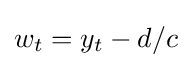
w_{t}=y_{t}-d/c